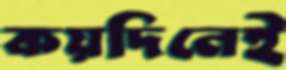
কয়দিনেই